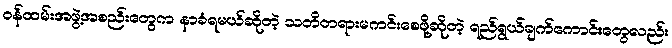
ဝန်ထမ်းအဖွဲ့အစည်းတွေက နာခံရမယ်ဆိုတဲ့ သတိတရားမကင်းစေဖို့ဆိုတဲ့ ရည်ရွယ်ချက်ကောင်းတွေလည်း